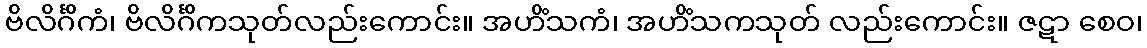
ဗိလိင်္ဂိကံ၊ ဗိလိင်္ဂိကသုတ်လည်းကောင်း။ အဟိံသကံ၊ အဟိံသကသုတ် လည်းကောင်း။ ဇဋာ စေဝ၊